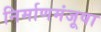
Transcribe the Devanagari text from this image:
निर्माणमंजूषा